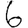
Digit: 6